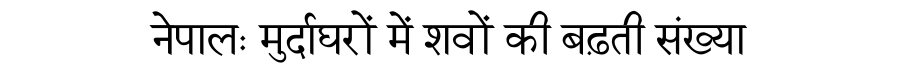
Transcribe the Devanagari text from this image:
नेपालः मुर्दाघरों में शवों की बढ़ती संख्या